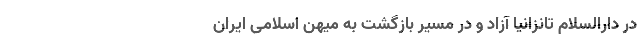
در دارالسلام تانزانیا آزاد و در مسیر بازگشت به میهن اسلامی ایران